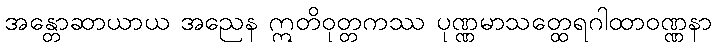
အန္တောဆာယာယ အညေန ဣတိဝုတ္တကဿ ပုဏ္ဏမာသတ္ထေရဂါထာဝဏ္ဏနာ